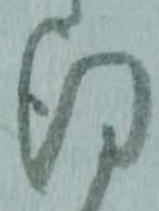
得